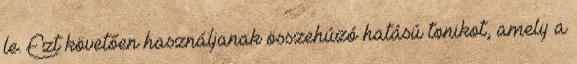
le. Ezt követően használjanak összehúzó hatású tonikot, amely a